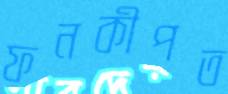
ফনকীপত